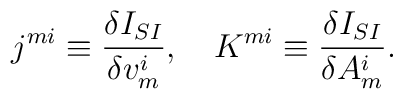
j^{mi} \equiv \frac{\delta I_{SI}}{\delta v_{m}^{i}}, \quad  K^{mi} \equiv \frac{\delta I_{SI}}{\delta A_{m}^{i}} .